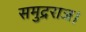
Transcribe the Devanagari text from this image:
समुद्रराज।